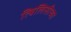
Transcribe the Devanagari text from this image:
त्बिलिसीच्या